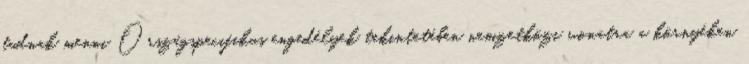
tudnak menni Országspecifikus engedélyek tekintetében nemzetközi vonatra a környéken